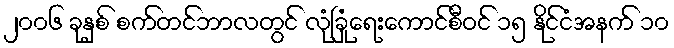
၂၀၀၆ ခုနှစ် စက်တင်ဘာလတွင် လုံခြုံရေးကောင်စီဝင် ၁၅ နိုင်ငံအနက် ၁၀